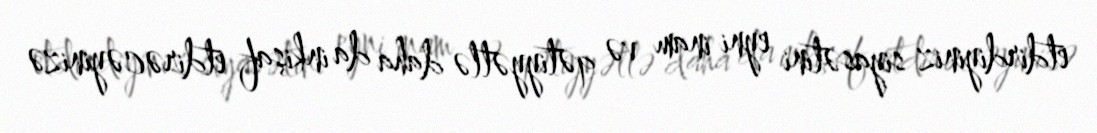
etdirdiyiniz siyasətini eyni inam və qətiyyətlə daha da inkişaf etdirəcəyinizə